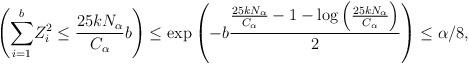
LaTeX: \begin{align*} \left( \underset{i=1}{\overset{b}{\sum}} Z_i^2 \leq \frac{25 kN_\alpha}{C_\alpha}b \right) \leq \exp \left( - b \frac{\frac{25k N_\alpha}{C_\alpha} - 1 - \log \left( \frac{25k N_\alpha}{C_\alpha} \right)}{2} \right) \leq \alpha/8,\end{align*}